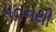
પતનથી